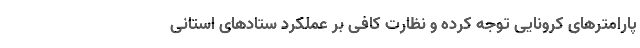
پارامترهای کرونایی توجه کرده و نظارت کافی بر عملکرد ستادهای استانی